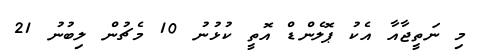
މި ނަތީޖާއާ އެކު ޕޮލެންޑް އޮތީ ކުޅުނު 10 މެޗުން ލިބުނު 21